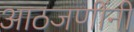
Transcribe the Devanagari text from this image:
आठजणींनी